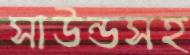
সাউন্ডসহ